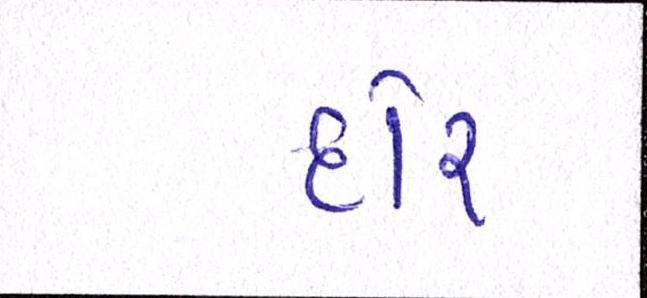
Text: દોર